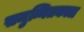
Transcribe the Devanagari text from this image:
समुन्नितकाल